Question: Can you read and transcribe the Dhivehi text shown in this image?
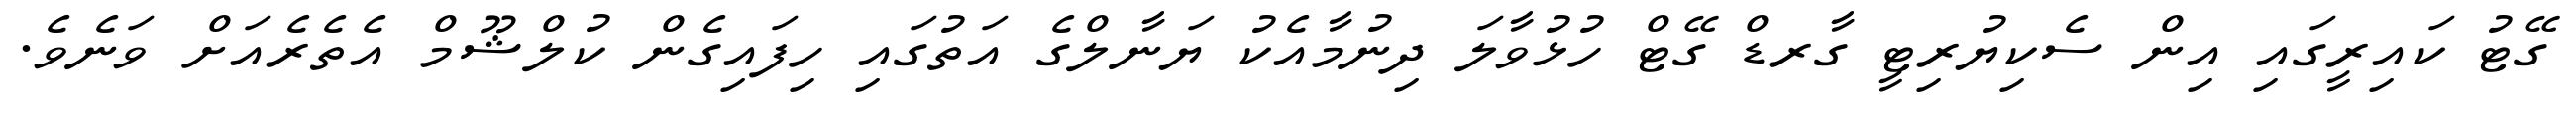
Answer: ގޭޓު ކައިރީގައި އިން ސެކިޔުރިޓީ ގާރޑް ގޭޓް ހުޅުވާލަ ދިނުމާއެކު ޔަނާލްގެ އަތުގައި ހިފައިގެން ކުލްޝޫމް އެތެރެއަށް ވަނެވެ.